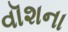
વૉશના